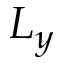
L _ { y }